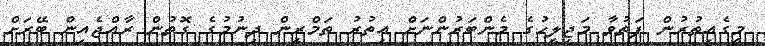
މީގެއިތުރުން ފަތުވާ މަޖިލީހުގެ މެންބަރުންނަށް އިތުރު ތަމްރީން ދިނުމުގެ ގޮތުން ރާއްޖެއިން ބޭރަށް